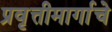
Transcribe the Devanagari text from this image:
प्रवृत्तीमार्गाचे